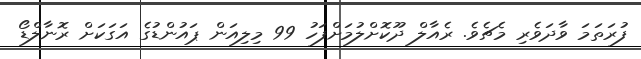
ފުރަތަމަ ވާދަވެރި މެޗެވެ. ރެއާލް ދޫކޮށްލުމަށްފަހު 99 މިލިއަން ޕައުންޑުގެ އަގަކަށް ރޮނާލްޑޯ